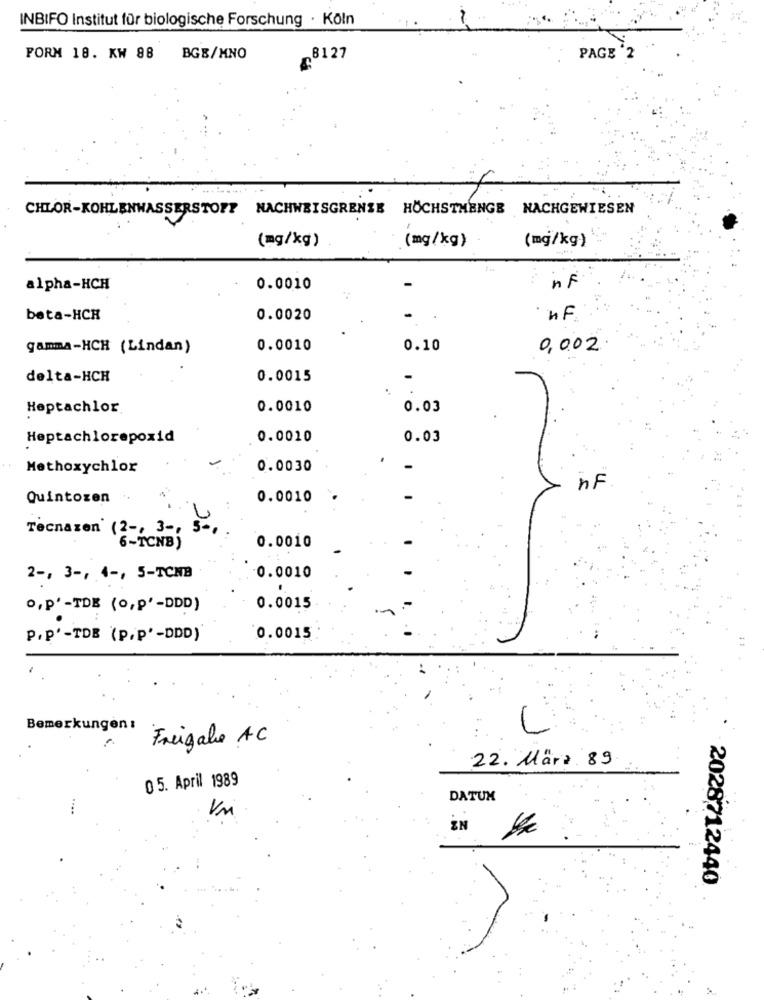
INBIFO Institut für biologische Forschung · Köln
PAGE 2
FORM 18. KW 88
BGB/MNO
8127
CHLOR-KOHLENWASSERSTOFF NACHWEISGRENZE HÖCHSTMENGE NACHGEWIESEN
(mg/kg)
(mg/kg)
(mg/kg)
alpha-HCH
0.0010
AF
beta-HCR
0.0020
·HF
gamma-HCH (Lindan)
0.0010
0.10
0,002
delta-HCH
0.0015
Heptachlor
0.0010
0.03
Heptachlorepoxid
0.0010
0.03
Methoxychlor
0.0030
nF
Quintozen
0.0010
Tecnazon (2 -, 3 -,
`6-TCNB)
0.0010
2 -, 3 -, 4 -, 5-TCNB
0.0010
O,P'-TDE (0,p'-DDD)
0.0015
P.p'-TDE (P.P'-DDD)
0.0015
Bemerkungen :
L
Freigabe AC
22. März 89
05. April 1989
DATUM
UM
2028712440